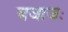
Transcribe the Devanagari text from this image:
बजाजः